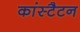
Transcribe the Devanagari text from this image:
कांस्टैटन